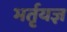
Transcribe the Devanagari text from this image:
भर्तृयज्ञ